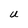
Character: U